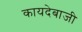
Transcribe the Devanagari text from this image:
कायदेबाजी